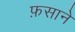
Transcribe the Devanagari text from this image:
फ़साने